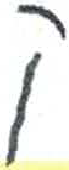
אות: ק